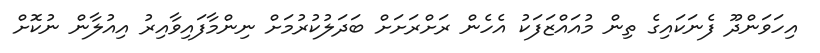
އިހަވަންދޫ ފެނަކައިގެ ތިން މުއައްޒަފަކު އެހެން ރަށްރަށަށް ބަދަލުކުރުމަށް ނިންމާފައިވާއިރު އިއުލާން ނުކޮށް